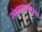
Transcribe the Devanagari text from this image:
संभाषणाकरता